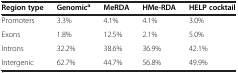
| Region type | Genomica | MeRDA | HMe-RDA | HELP cocktail |
 | --- | --- | --- | --- | --- |
 | Promoters | 3.3% | 4.1% | 4.1% | 3.0% |
 | Exons | 1.8% | 12.5% | 2.1% | 5.0% |
 | Introns | 32.2% | 38.6% | 36.9% | 42.1% |
 | Intergenic | 62.7% | 44.7% | 56.8% | 49.9% |